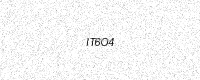
Text: IT6O4